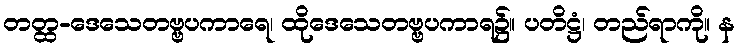
တတ္ထ-ဒေသေတဗ္ဗပကာရေ၊ ထိုဒေသေတဗ္ဗပကာရ၌။ ပတိဋ္ဌံ၊ တည်ရာကို။ န